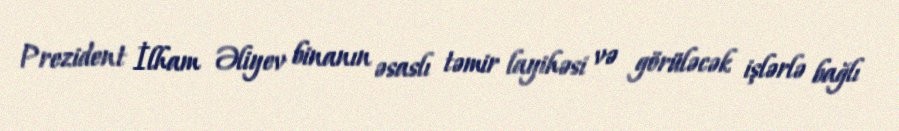
Prezident İlham Əliyev binanın əsaslı təmir layihəsi və görüləcək işlərlə bağlı